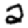
Digit: 2